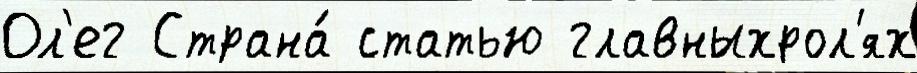
Ол'ег Страна́ статью главныхрол'ях